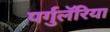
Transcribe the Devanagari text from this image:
पर्गुलॅरिया